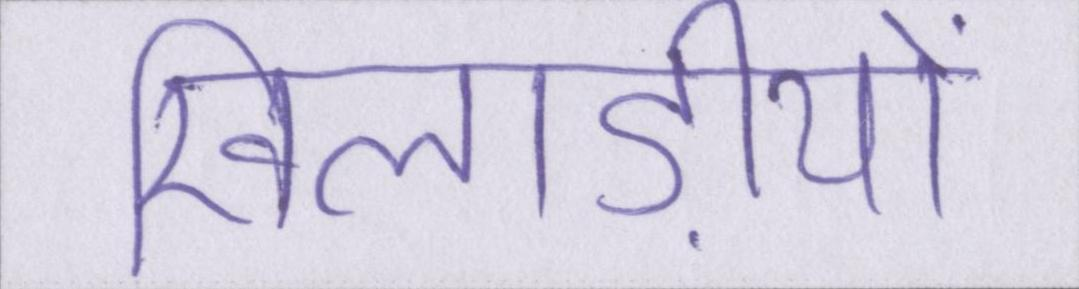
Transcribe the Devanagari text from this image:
खिलाड़ीयों